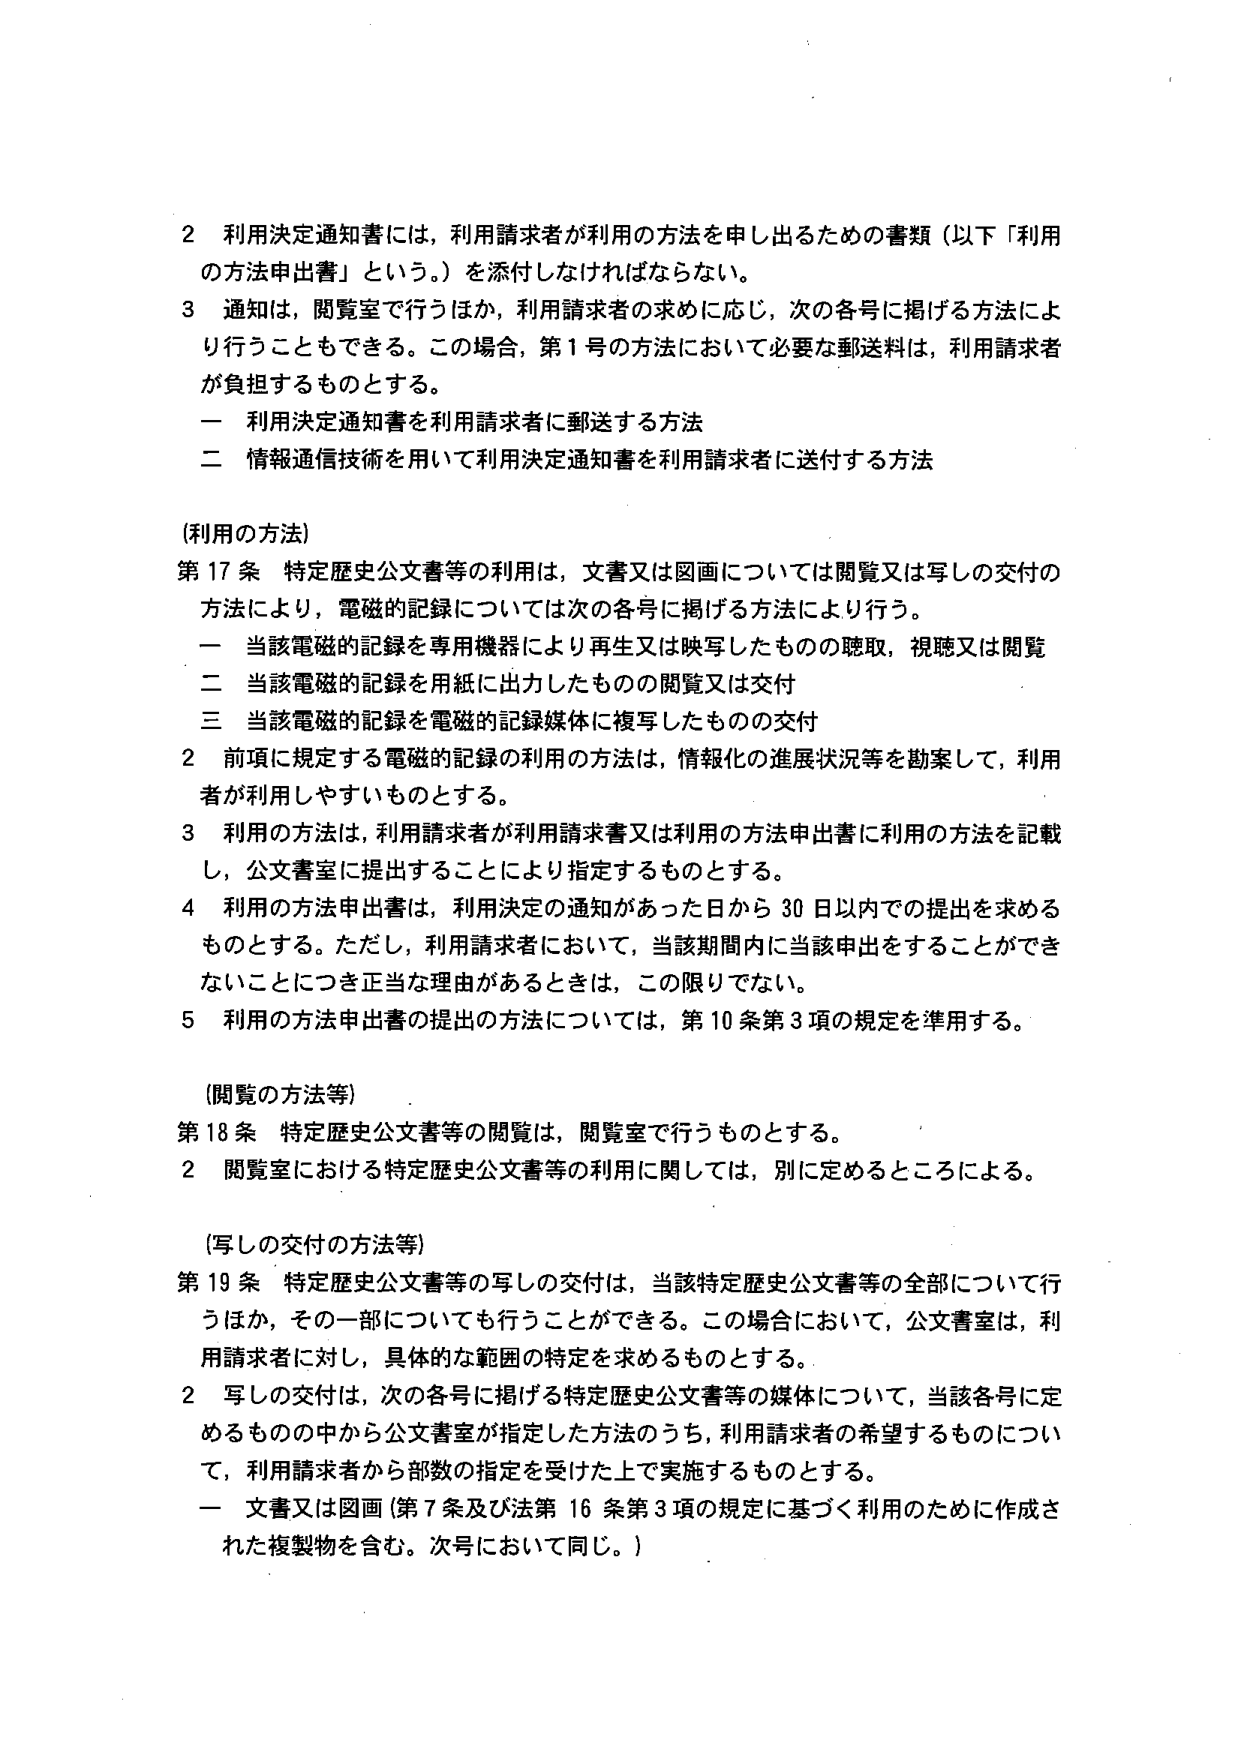
2 利用決定通知書には，利用請求者が利用の方法を申し出るための書類（以下「利用の方法申出書」という。）を添付しなければならない。
3 通知は，閲覧室で行うほか，利用請求者の求めに応じ，次の各号に掲げる方法により行うこともできる。この場合，第1号の方法において必要な郵送料は，利用請求者が負担するものとする。
　一 利用決定通知書を利用請求者に郵送する方法
　二 情報通信技術を用いて利用決定通知書を利用請求者に送付する方法

（利用の方法）
第17条 特定歴史公文書等の利用は，文書又は図画については閲覧又は写しの交付の方法により，電磁的記録については次の各号に掲げる方法により行う。
　一 当該電磁的記録を専用機器により再生又は映写したものの聴取，視聴又は閲覧
　二 当該電磁的記録を用紙に出力したもの の閲覧又は交付
　三 当該電磁的記録を電磁的記録媒体に複写したもの の交付
2 前項に規定する電磁的記録の利用の方法は，情報化の進展状況等を勘案して，利用者が利用しやすいものとする。
3 利用の方法は，利用請求者が利用請求書又は利用の方法申出書に利用の方法を記載し，公文書室に提出することにより指定するものとする。
4 利用の方法申出書は，利用決定の通知があった日から30日以内での提出を求めるものとする。ただし，利用請求者において，当該期間内に当該申出をすることができないことにつき正当な理由があるときは，この限りでない。
5 利用の方法申出書の提出の方法については，第10条第3項の規定を準用する。

（閲覧の方法等）
第18条 特定歴史公文書等の閲覧は，閲覧室で行うものとする。
2 閲覧室における特定歴史公文書等の利用に関しては，別に定めるところによる。

（写しの交付の方法等）
第19条 特定歴史公文書等の写しの交付は，当該特定歴史公文書等の全部について行うほか，その一部についても行うことができる。この場合において，公文書室は，利用請求者に対し，具体的な範囲の特定を求めるものとする。
2 写しの交付は，次の各号に掲げる特定歴史公文書等の媒体について，当該各号に定めるものの中から公文書室が指定した方法のうち，利用請求者の希望するものについて，利用請求者から部数の指定を受けた上で実施するものとする。
　一 文書又は図画（第7条及び法第16条第3項の規定に基づく利用のために作成された複製物を含む。次号において同じ。）